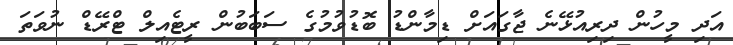
އަދި މީހުން ދިރިއުޅޭނެ ޖާގައަށް ޑިމާންޑު ބޮޑުވުމުގެ ސަބަބުން ރީޓެއިލް ޓްރޭޑް ނުވަތަ